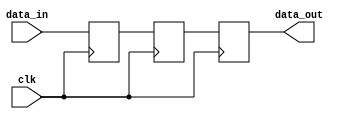
module CascadeSynchronizer (
    input wire data_in,
    input wire clk,
    output reg data_out
);

reg [3:0] ff_chain [0:2]; // 3 flip-flops in series

always @(posedge clk) begin
    ff_chain[0] <= data_in;
    ff_chain[1] <= ff_chain[0];
    ff_chain[2] <= ff_chain[1];
end

assign data_out = ff_chain[2];

endmodule